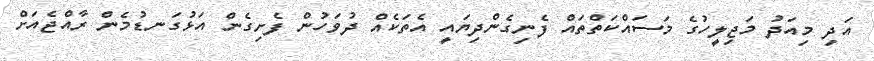
އަދި މިއަދު މަޖިލީހުގެ މަސައްކަތްތައް ފެނިގެންދިޔައީ އެތަކެއް ދުވަހުން ފެށިގެން އަޅުގަނޑުމެން ރާއްޖެއަށް